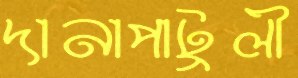
দানাপাটুলী